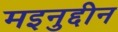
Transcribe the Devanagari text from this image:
मइनुद्दीन